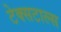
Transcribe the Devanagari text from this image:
टेक्सटाल्स